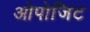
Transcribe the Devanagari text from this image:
ओपोजिट